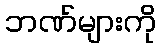
ဘဏ်များကို